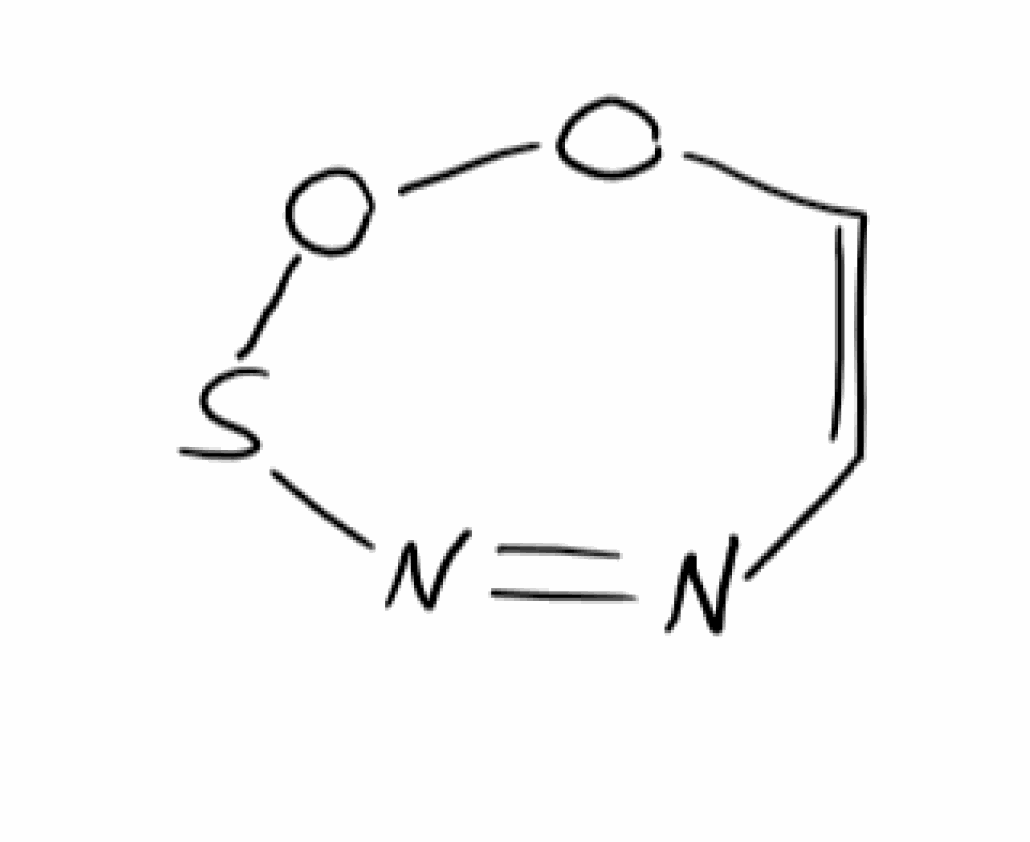
Simplified molecular-input line-entry system (SMILES) notation of the given molecule:
C1=COOSN=N1